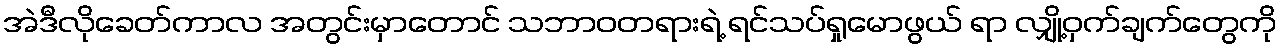
အဲဒီလိုခေတ်ကာလ အတွင်းမှာတောင် သဘာဝတရားရဲ့ ရင်သပ်ရှုမောဖွယ် ရာ လျှို့ဝှက်ချက်တွေကို